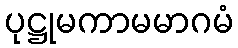
ပုဋ္ဌုမကာမမာဂမံ